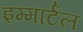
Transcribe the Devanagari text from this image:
इम्मार्टल